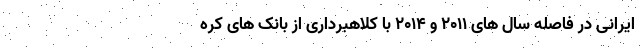
ایرانی در فاصله سال های ۲۰۱۱ و ۲۰۱۴ با کلاهبرداری از بانک های کره